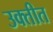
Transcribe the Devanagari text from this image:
उक्तीत